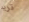
تريد